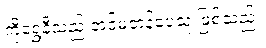
ကိုရွှေနီသည် အင်မတန်ပေသူ ဖြစ်သည်။